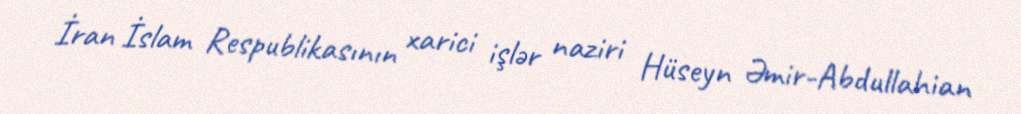
İran İslam Respublikasının xarici işlər naziri Hüseyn Əmir-Abdullahian